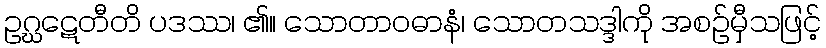
ဥဂ္ဃဋေတီတိ ပဒဿ၊ ၏။ သောတာဝဓာနံ၊ သောတသဒ္ဒါကို အစဉ်မှီသဖြင့်